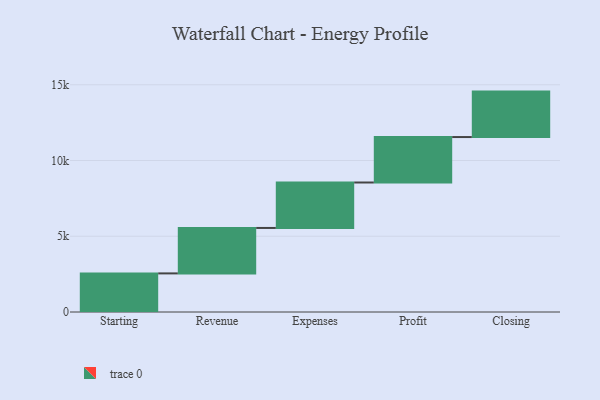
{"axis": {"x": "Step", "y": "Value"}, "legend": [""], "data": [{"x": "Starting", "y": 2548.0, "type": ""}, {"x": "Revenue", "y": 3000, "type": ""}, {"x": "Expenses", "y": 3000, "type": ""}, {"x": "Profit", "y": 3000, "type": ""}, {"x": "Closing", "y": 3000, "type": ""}]}